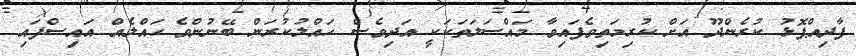
ފާދިއްޕޮޅު ކުރެންދޫ އަށް ކުރިމަތިވެފައިވާ މައްސަލަތަކަކީ އަދިވެސް ހައްލުކުރަން ބޭނުންވެ ހައްލެއް އައިސްފައި